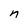
Character: n